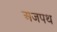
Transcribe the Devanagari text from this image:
अजपथ